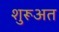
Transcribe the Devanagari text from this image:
शुरूअत